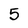
Character: 5